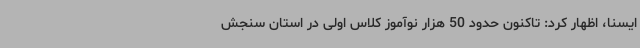
ایسنا، اظهار کرد: تاکنون حدود 50 هزار نوآموز کلاس اولی در استان سنجش